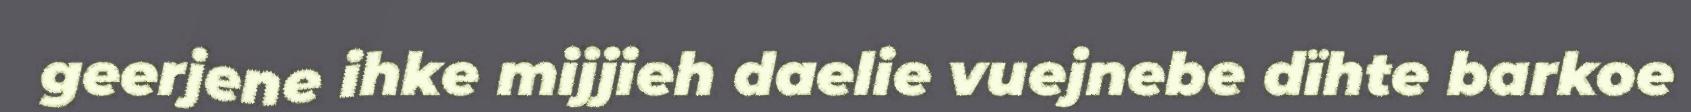
geerjene ihke mijjieh daelie vuejnebe dïhte barkoe